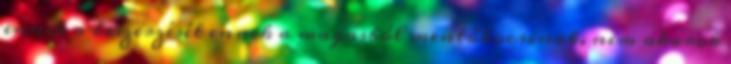
ennek a beszerzését ennek a magasból mentőkocsinak, nem akarok